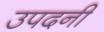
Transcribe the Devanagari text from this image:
उपदनी